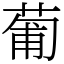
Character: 葡